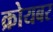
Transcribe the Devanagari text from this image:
क्रोयबर